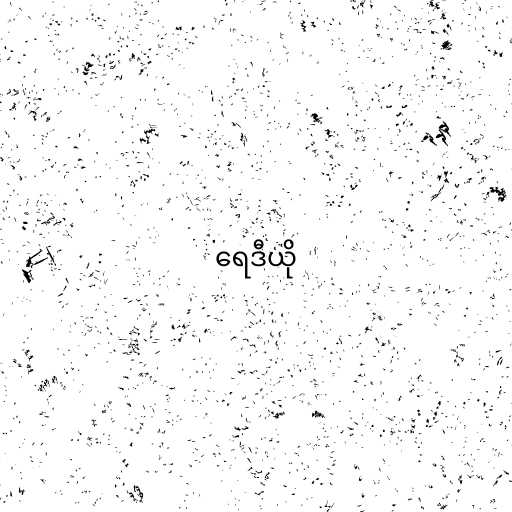
ရေဒီယို